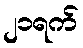
၂၁ရက်